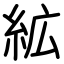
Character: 絋